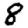
Digit: 8